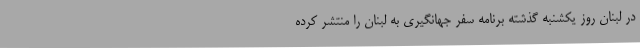
در لبنان روز یکشنبه گذشته برنامه سفر جهانگیری به لبنان را منتشر کرده